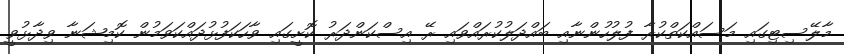
މާލޭސިޓިގައި މަސައްކަތްކުރާ ފުލުހުންނާއި ބައްދަލުކުރައްވައި ރޭ އިސްކަންދަރު ކޮށީގައި ވާހަކަފުޅުދައްކަވަމުން ކޮމިޝަނާ ވިދާޅުވީ